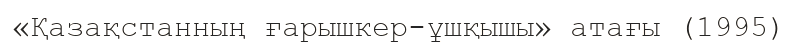
«Қазақстанның ғарышкер-ұшқышы» атағы (1995)